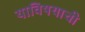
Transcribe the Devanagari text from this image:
याविषयाची